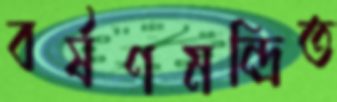
বর্ষণমন্দ্রিত